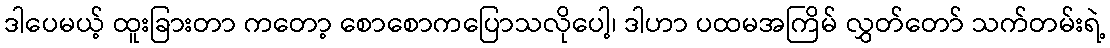
ဒါပေမယ့် ထူးခြားတာ ကတော့ စောစောကပြောသလိုပေါ့၊ ဒါဟာ ပထမအကြိမ် လွှတ်တော် သက်တမ်းရဲ့